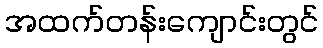
အထက်တန်းကျောင်းတွင်